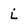
Character: i